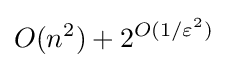
O(n^{2})+2^{O(1/\varepsilon ^{2})}